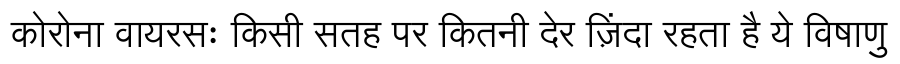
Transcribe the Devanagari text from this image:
कोरोना वायरसः किसी सतह पर कितनी देर ज़िंदा रहता है ये विषाणु